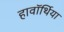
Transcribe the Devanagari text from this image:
हावॉर्थिया